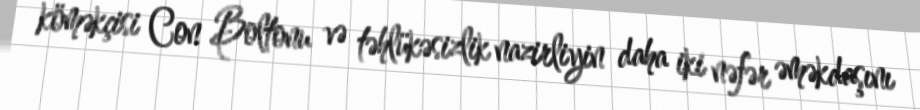
köməkçisi Con Boltonu və təhlükəsizlik nazirliyin daha iki nəfər əməkdaşını